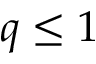
q \leq 1